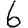
Digit: 6